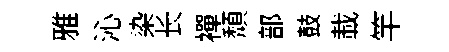
雅沁染长襌頽部鼓載竿